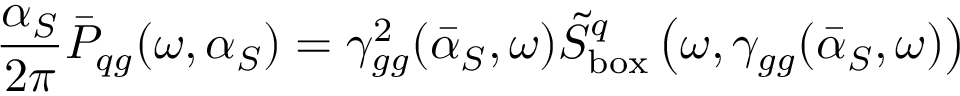
{ \frac { \alpha _ { S } } { 2 \pi } } \bar { P } _ { q g } ( \omega , \alpha _ { S } ) = \gamma _ { g g } ^ { 2 } ( \bar { \alpha } _ { S } , \omega ) \tilde { S } _ { \mathrm { b o x } } ^ { q } \left( \omega , \gamma _ { g g } ( \bar { \alpha } _ { S } , \omega ) \right)